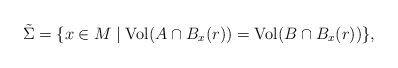
\begin{align*}\tilde \Sigma=\{x\in M \mid {\rm Vol}(A\cap B_x(r))={\rm Vol}(B\cap B_x(r)) \},\end{align*}